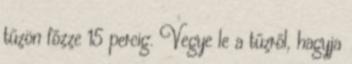
tűzön főzze 15 percig. Vegye le a tűzről, hagyja